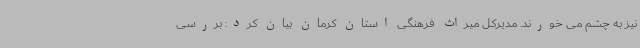
نیز به چشم می خورند. مدیرکل میراث فرهنگی استان کرمان بیان کرد: بررسی